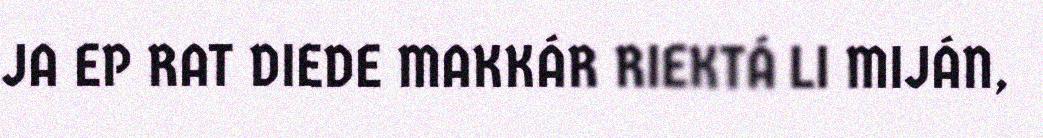
JA EP RAT DIEDE MAKKÁR RIEKTÁ LI MIJÁN,